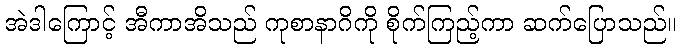
အဲဒါကြောင့် အီကာအိသည် ကုစာနာဂိကို စိုက်ကြည့်ကာ ဆက်ပြောသည်။